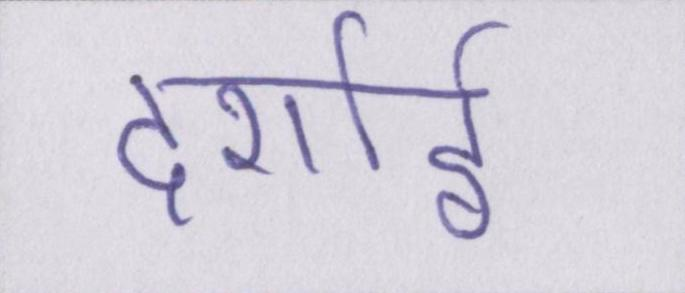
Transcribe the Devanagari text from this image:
दर्शाई